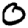
Digit: 0